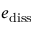
e _ { \mathrm { d i s s } }